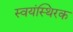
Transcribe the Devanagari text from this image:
स्वयंस्थिरक